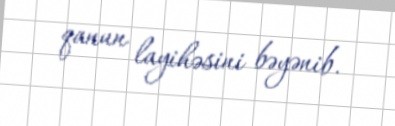
qanun layihəsini bəyənib.